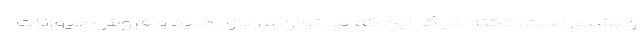
و بشری است. نکته دیگر این که می‌توان در بازار خرید و فروش حیوانات